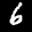
Label: 6